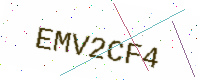
Text: EMV2CF4